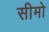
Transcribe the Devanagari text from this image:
सीमो